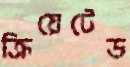
ক্রিয়েটেড